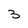
Character: 3